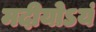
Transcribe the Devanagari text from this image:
मदीयोऽयं